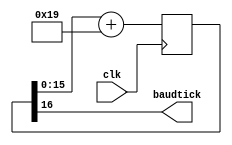
`timescale 1ns / 1ps
//////////////////////////////////////////////////////////////////////////////////
// Baud Generator Core
// Paul Mumby 2012
// Originally derived from code examples at:
// http://www.fpga4fun.com
//////////////////////////////////////////////////////////////////////////////////

module uart_baudgenerator(
		clk,
		baudtick
	);

	//Parameters:
	//================================================
	parameter CLOCK = 25000000; // 25MHz
	parameter BAUD = 9600;
	parameter ACCWIDTH = 16;
	parameter ROUNDBITS = 5;
	parameter INC = ((BAUD<<(ACCWIDTH-(ROUNDBITS-1)))+(CLOCK>>ROUNDBITS))/(CLOCK>>(ROUNDBITS-1));

	//IO Definitions:
	//================================================
	input clk;
	output baudtick;
	
	//Register/Wire Definitions:
	//================================================
	reg [ACCWIDTH:0] accumulator = 0;
	
	//BUFG Instatiation:
	//================================================
	
	//Module Instantiation:
	//================================================
	
	//Assignments:
	//================================================
	assign baudtick = accumulator[ACCWIDTH];
	
	//Toplevel Logic:
	//================================================
	always @(posedge clk)
		accumulator <= accumulator[ACCWIDTH-1:0] + INC;

endmodule